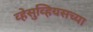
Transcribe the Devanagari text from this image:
व्हेसुव्हियसच्या